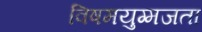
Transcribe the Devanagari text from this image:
विषमयुग्मजता